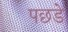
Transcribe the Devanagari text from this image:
पछडे